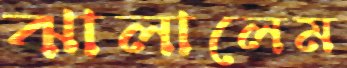
ঝালালেম